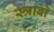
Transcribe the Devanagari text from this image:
स्त्राबो